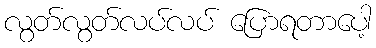
လွတ်လွတ်လပ်လပ် ပြောရတာပေါ့